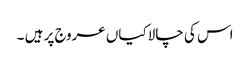
اس کی چالاکیاں عروج پر ہیں ۔